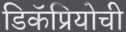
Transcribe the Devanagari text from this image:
डिकॅप्रियोची